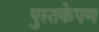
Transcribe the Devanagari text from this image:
पुस्तकेपण